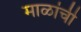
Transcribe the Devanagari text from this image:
माळांची